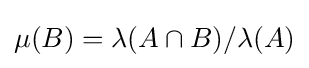
\mu (B)=\lambda (A\cap B)/\lambda (A)